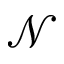
\mathcal { N }